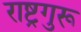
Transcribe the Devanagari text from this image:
राष्ट्रगुरू